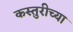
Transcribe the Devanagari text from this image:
कस्तुरीच्या